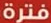
فترة